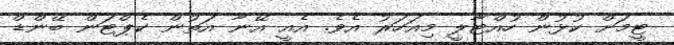
ޓީމަށް ކުޅުން ހުއްޓާލީ މިއަހަރު އެވެ. އެއީ އޭނާ އަތުން ކެޕްޓަން ބޭންޑް